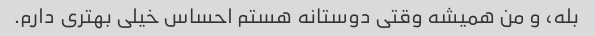
بله، و من همیشه وقتی دوستانه هستم احساس خیلی بهتری دارم.